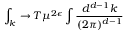
\int _ { k } \rightarrow T \mu ^ { 2 \epsilon } \int \frac { d ^ { d - 1 } k } { ( 2 \pi ) ^ { d - 1 } }